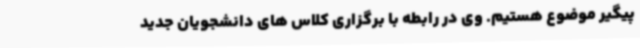
پیگیر موضوع هستیم. وی در رابطه با برگزاری کلاس های دانشجویان جدید